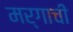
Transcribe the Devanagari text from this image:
मर्गाची